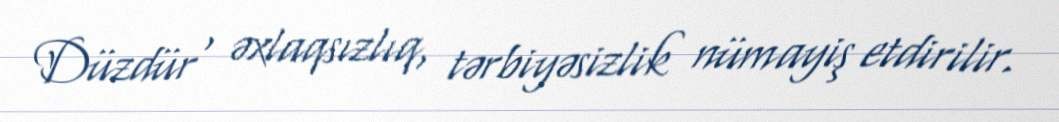
Düzdür , əxlaqsızlıq, tərbiyəsizlik nümayiş etdirilir.